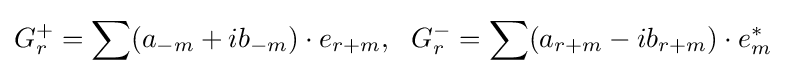
G_{r}^{+}=\sum (a_{-m}+ib_{-m})\cdot e_{r+m},\,\,\,\,G_{r}^{-}=\sum (a_{r+m}-ib_{r+m})\cdot e_{m}^{*}